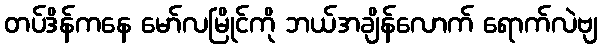
တပ်ဒိန်ကနေ မော်လမြိုင်ကို ဘယ်အချိန်လောက် ရောက်လဲဗျ